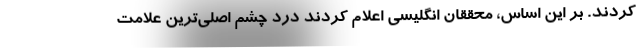
کردند. بر این اساس، محققان انگلیسی اعلام کردند درد چشم اصلی‌ترین علامت